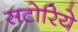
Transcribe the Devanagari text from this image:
सटोरिये